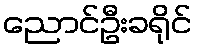
ညောင်ဦးခရိုင်